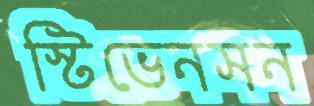
স্টিভেনসন